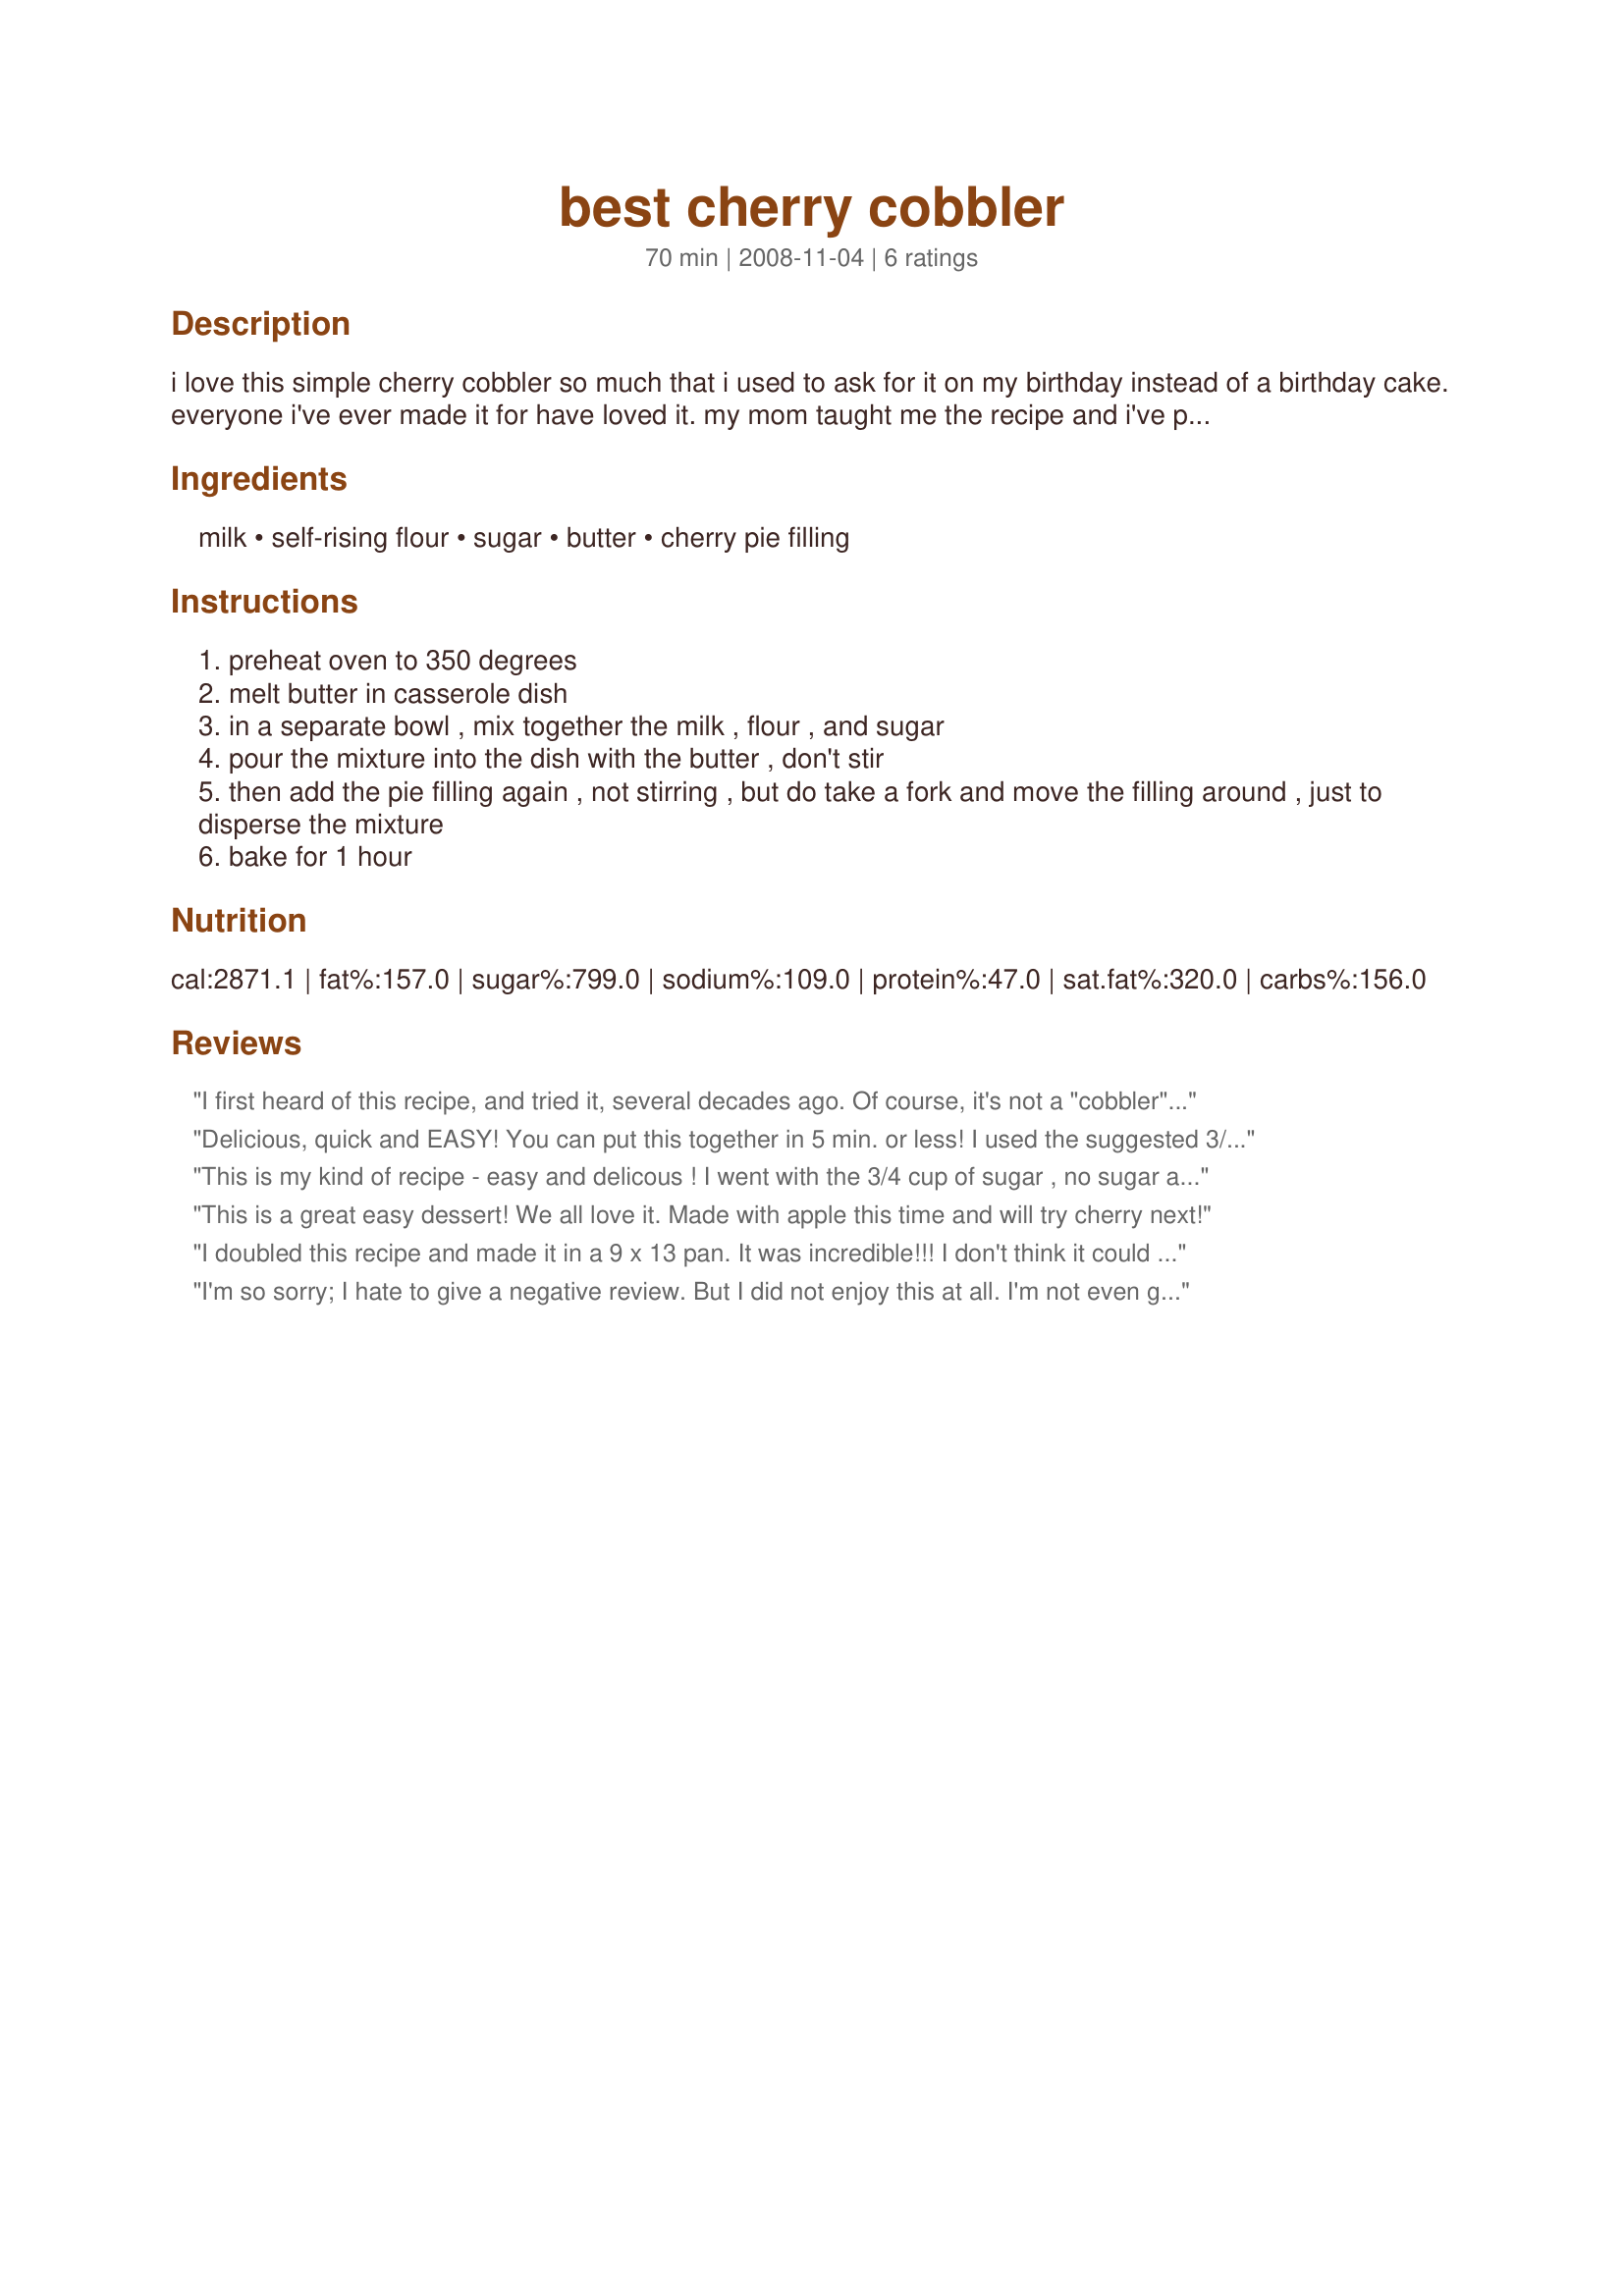
best cherry cobbler
Preparation time: 70 minutes

i love this simple cherry cobbler so much that i used to ask for it on my birthday instead of a birthday cake. everyone i've ever made it for have loved it. my mom taught me the recipe and i've played around with it only a little (by cutting down the sugar slightly or using a different pie filling.)

Ingredients:
milk, self-rising flour, sugar, butter, cherry pie filling

Steps:
preheat oven to 350 degrees
melt butter in casserole dish
in a separate bowl , mix together the milk , flour , and sugar
pour the mixture into the dish with the butter , don't stir
then add the pie filling again , not stirring , but do take a fork and move the filling around , just to disperse the mixture
bake for 1 hour

Reviews:
I first heard of this recipe, and tried it, several decades ago. Of course, it's not a "cobbler" in the truest since of the word, but its simplicity makes up for that. I used 1 lb. of frozen peaches, and also reduced the sugar to 3/4 cup. Few ingredients, minimal prep time to get into the oven, and taste make it a keeper. Wish I'd added a bit of cinnimon to the peaches. Thanks for posting!
Delicious, quick and EASY! You can put this together in 5 min. or less! I used the suggested 3/4 C. sugar (instead of 1 C.) and used only 1/4 C. of butter. The pan size wasn't mentioned in the instructions, so I used an 8" X 8" pan and it worked out great. I will definitely make this again. Thanks!
This is my kind of recipe - easy and delicous ! I went with the 3/4 cup of sugar , no sugar added cheerry pie filling and 1/4 cup butter. I'm looking forward to making this with no sugar added apple pie filling. Also made it in an 8 x 8 dish. Thanks for a great, easy and good recipe !
This is a great easy dessert! We all love it. Made with apple this time and will try cherry next!
I doubled this recipe and made it in a 9 x 13 pan. It was incredible!!! I don't think it could be any easier. My entire family loved it, it did not last for long. Excellent warm with vanilla ice cream. Thanks for the great recipe.
I'm so sorry; I hate to give a negative review. But I did not enjoy this at all. I'm not even going to put it on the table tonight to see what my husband thinks. I wish I could say I did something wrong, but I followed the recipe exactly.
